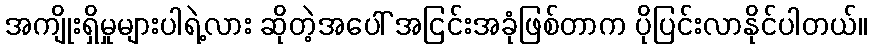
အကျိုးရှိမှုများပါရဲ့လား ဆိုတဲ့အပေါ် အငြင်းအခုံဖြစ်တာက ပိုပြင်းလာနိုင်ပါတယ်။